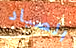
الصياد